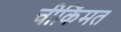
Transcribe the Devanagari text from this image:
चीकिंमत